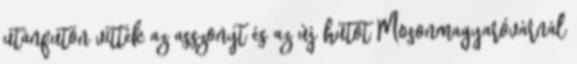
utánfutón vitték az asszonyt és az új hűtőt Mosonmagyaróvárnál